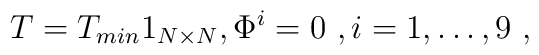
T=T_{min} 1_{N\times N} , \Phi^i=0\ , i=1,\dots,9 \ ,